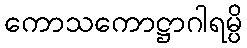
ကောသကောဋ္ဌာဂါရမ္ပိ